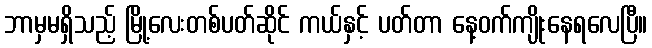
ဘာမှမရှိသည့် မြို့လေးတစ်ပတ်ဆိုင် ကယ်နှင့် ပတ်တာ နေ့ဝက်ကျိုးနေရလေပြီ။